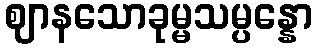
ဈာနသောခုမ္မသမ္ပန္နော